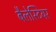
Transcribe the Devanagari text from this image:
बैलेस्टियर